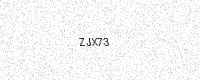
Text: ZJX73